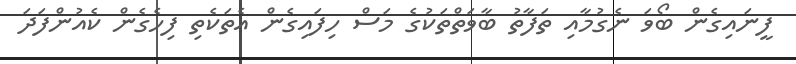
ފީނައިގެން ބޯވަ ނެގުމާއި ތަފާތު ބާވަތްތަކުގެ މަސް ހިފައިގެން އެތަކެތި ފިހެގެން ކެއުންފަދަ